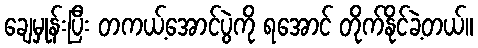
ချေမှုန်းပြီး တကယ့်အောင်ပွဲကို ရအောင် တိုက်နိုင်ခဲ့တယ်။